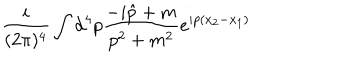
\frac { i } { ( 2 \pi ) ^ { 4 } } \int { \mathrm d } ^ { 4 } p \frac { - i \hat { p } + m } { p ^ { 2 } + m ^ { 2 } } e ^ { i p ( x _ { 2 } - x _ { 1 } ) }